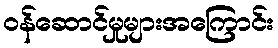
ဝန်ဆောင်မှုများအကြောင်း